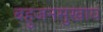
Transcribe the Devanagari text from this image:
बहुजनसुखाय